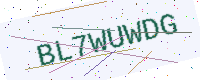
Text: BL7WUWDG